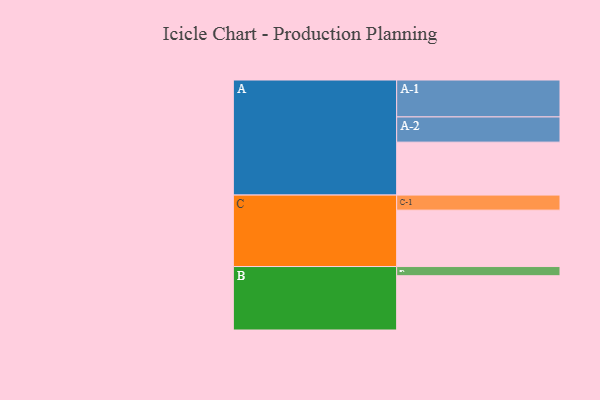
{"axis": {"x": "Segment", "y": "Value"}, "legend": ["", "A", "B", "C"], "data": [{"x": "A", "y": 397, "type": ""}, {"x": "B", "y": 407, "type": ""}, {"x": "C", "y": 423, "type": ""}, {"x": "A-1", "y": 277, "type": "A"}, {"x": "A-2", "y": 189, "type": "A"}, {"x": "B-1", "y": 69, "type": "B"}, {"x": "C-1", "y": 113, "type": "C"}]}